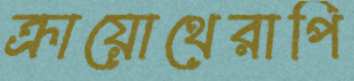
ক্রায়োথেরাপি